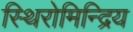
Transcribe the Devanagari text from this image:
स्थिरोमिन्द्रिय